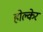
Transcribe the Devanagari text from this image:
होल्केर